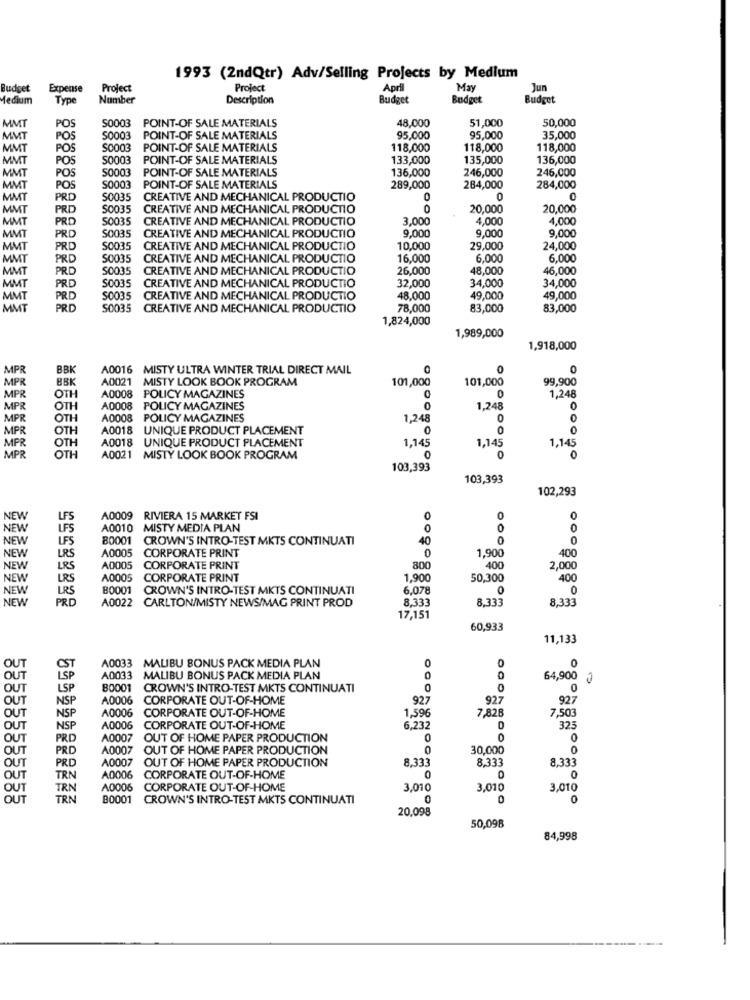
1993 (2ndQtr) Adv/Selling Projects by Medium
Budget
Expense
Project
Project
April
Ma
Jun
Medium
Type
Number
Description
Budget
Budget
Budget
MM
POINT-OF SALE MATERIALS
48,000
51,000
50,000
POS
S0003
MMT
POS
S0003
POINT-OF SALE MATERIALS
95,000
95,000
35,000
MMT
POS
S0003
POINT-OF SALE MATERIALS
118,000
118,000
118,000
MMT
POS
50003
POINT-OF SALE MATERIALS
133,000
135,000
136,000
MMT
S0003
POINT-OF SALE MATERIALS
136,000
246,000
246,000
POS
MMT
POS
S0003
POINT-OF SALE MATERIALS
289,000
284,000
284,000
MMT
PRD
S0035
CREATIVE AND MECHANICAL PRODUCTIO
0
0
MMT
PRD
S0035
CREATIVE AND MECHANICAL PRODUCTIO
0
20,000
20,000
MMT
50035
CREATIVE AND MECHANICAL PRODUCTIO
3,000
4,000
4,000
PRO
9.000
9,000
9,000
MMT
PRD
S0035
CREATIVE AND MECHANICAL PRODUCTIO
MMT
PRD
S0035
CREATIVE AND MECHANICAL PRODUCTIO
10,000
29.000
24,000
MMT
PRD
S0035
CREATIVE AND MECHANICAL PRODUCTIO
16,000
6.000
6,000
MMT
PRD
S0035
CREATIVE AND MECHANICAL PRODUCTIO
26,000
48.000
46,000
MMT
S0035
34,000
34,000
PRD
CREATIVE AND MECHANICAL PRODUCTIO
32,000
MMT
PRD
S0035
CREATIVE AND MECHANICAL PRODUCTIO
48.000
49,000
49,000
MMT
PRD
S0035 CREATIVE AND MECHANICAL PRODUCTIO
78,000
83,000
83,000
1,824,000
1,989,000
1,918,000
MPR
BBK
A0016 MISTY ULTRA WINTER TRIAL DIRECT MAIL
0
MPR
BBK
A0021
MISTY LOOK BOOK PROGRAM
101,000
101,000
99,900
MPR
OTH
A0008 POLICY MAGAZINES
0
1,248
MPR
OTH
A0008 POLICY MAGAZINES
1,248
0
MPR
OTH
A0008 POLICY MAGAZINES
1,248
0
OTH
A0018 UNIQUE PRODUCT PLACEMENT
0
MIPR
OTH
A0018 UNIQUE PRODUCT PLACEMENT
1,145
1,145
MPR
1,145
MPR
OTH
A0021 MISTY LOOK BOOK PROGRAM
0
0
0
103,393
103,393
102,293
NEW
LFS
A0009 RIVIERA 15 MARKET FSI
0
0
0
NEW
LFS
A0010 MISTY MEDIA PLAN
0
0
0
NEW
LFS
80001
CROWN'S INTRO-TEST MKTS CONTINUATI
40
0
A0005
1.900
400
NEW
LRS
CORPORATE PRINT
0
NEW
LRS
A0005
CORPORATE PRINT
800
400
2,000
NEW
LRS
A0005 CORPORATE PRINT
1,900
50,300
400
NEW
LRS
B0001
CROWN'S INTRO-TEST MKTS CONTINUATI
6.078
0
NEW
PRD
A0022 CARLTON/MISTY NEWS/MAG PRINT PROD
8.333
8,333
8,333
17,151
60,933
11,133
A0033 MALIBU BONUS PACK MEDIA PLAN
0
0
OUT
OUT
A0033 MALIBU BONUS PACK MEDIA PLAN
0
0
64,900
OUT
LSP
B0001
CROWN'S INTRO-TEST MKTS CONTINUATI
0
0
0
OUT
NSP
A0006
CORPORATE OUT-OF-HOME
927
927
927
OUT
NSP
A0006
1,596
7.828
CORPORATE OUT-OF-HOME
7,503
OUT
NSP
A0006
CORPORATE OUT-OF-HOME
6,232
323
OUT
PRD
A0007 OUT OF HOME PAPER PRODUCTION
0
0
OUT
PRO
A0007 OUT OF HOME PAPER PRODUCTION
0
30,000
0
OUT
A0007
OUT OF HOME PAPER PRODUCTION
8.333
8,333
8,333
PRD
OUT
TRN
A0006
CORPORATE OUT-OF-HOME
0
0
OUT
TRN
A0006
CORPORATE OUT-OF-HOME
3,010
3,010
3,010
OUT
TRN
B0001
CROWN'S INTRO-TEST MKTS CONTINUATI
0
0
20.098
50,098
84,998